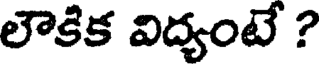
లౌకిక విద్యంటే ?